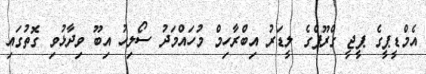
އެމްޑީޕީގެ ޕީޖީ ގްރޫޕްގެ ލީޑަރު އިބްރާހިމް މުހައްމަދު ސޯލިހު އިބޫ ވިދާޅުވި ގޮތުގައި